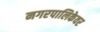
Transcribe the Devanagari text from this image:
नगरपालिकेवर